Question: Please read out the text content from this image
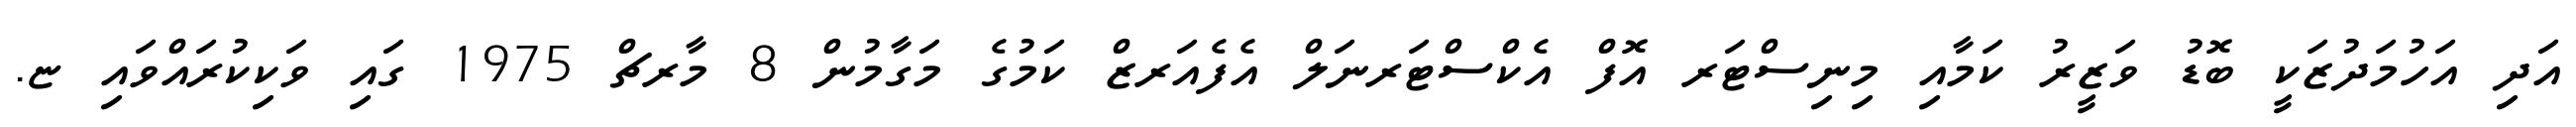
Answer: އަދި އަހުމަދުޒަކީ ބޮޑު ވަޒީރު ކަމާއި މިނިސްޓަރ އޮފް އެކްސްޓަރނަލް އެފެއަރޒް ކަމުގެ މަގާމުން 8 މާރޗް 1975 ގައި ވަކިކުރައްވައި ޏ.